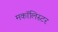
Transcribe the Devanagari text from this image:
मकॉलिस्टर